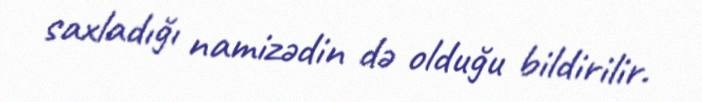
saxladığı namizədin də olduğu bildirilir.